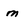
Character: m